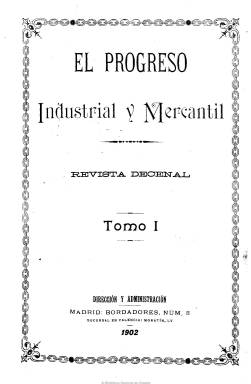
Título: El Progreso industrial y mercantil
Colección: Economía
Ámbito geográfico: Madrid
Lugar de publicación: Madrid
Fechas: 10/01/1902-30/09/1909

Revista decenal que comienza a ser editada el diez de enero de 1902 por el centro del mismo nombre, una sociedad de representaciones, gestión y cobro de créditos, patentes y marcas, informes, quiebras y suspensiones, etc.,  que tenía su domicilio en la calle del Prado, de Madrid, y que contaba con corresponsales en numerosas poblaciones de la península ibérica, Europa y otros continentes. Aparecen como sus propietarios Martínez, Díaz y Rakosnik, para pasar después a manos de Díaz, Bances y del Cerro, como sociedad en comandita, y, por último la compañía será presidida por Luis Galiano García, que aparecerá como propietario, director y gerente de la publicación. Ramiro Blanco actúa, en algún  momento, como su redactor-jefe.

Se trata de una publicación de utilidad práctica de carácter comercial e industrial, pero también de finanzas, agricultura, obras públicas y de Administración general, tal como se indicará en su subtítulo, expresando también en su cabecera que es “órgano” de la sociedad del mismo nombre. Prácticamente sus textos carecen de firma y estos estarán dedicados a informar y divulgar la actividad industrial, comercial, agropecuaria y exportadora de la economía española.

Se estructura en secciones fijas como las siguientes: Industrial, Comercial, Agrícola, Internacional, Patentes y Marcas, Sociedades, Quiebras, Ferrocarriles, Minería, Mercados, Tribuna libre, Consultas, Cotizaciones, Legislación o Bibliografía, entre otras, además de incluir noticias varias, incluso de ciencia y literatura. También insertará varias páginas de anuncios publicitarios.

Aparece los días 10, 20 y último de cada mes, en entregas de paginación variada (24, 16, 12 y 8 páginas), aunque después pasa a tener una frecuencia mensual. Compuesta a dos columnas, su papel de impresión se tornará a veces en color salmón, que llegará a caracterizar a la prensa económica. Llega también a insertar algunos fotograbados, entre retratos, edificios de fábricas y monumentales u otros de la Casa de Campo, de Madrid. Cada número comienza con el sumario y publica algunos índices anuales de materias.

El 138 es el último número de la colección de la Biblioteca Nacional de España, correspondiente a septiembre de 1909, en un momento en que su aparición es muy espaciada. Pero se conoce hasta el número 144, correspondiente al año 1910.